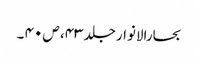
بحارالانوار جلد ۴۳، ص ۴۰ ۔